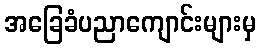
အခြေခံပညာကျောင်းများမှ